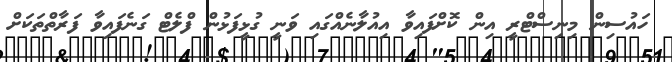
ހައުސިން މިނިސްޓްރީ އިން ކޮށްފައިވާ އިއުލާނެއްގައި ވަނީ ގުޅީފަޅުން ފްލެޓް ގަނެފައިވާ ފަރާތްތަކަށް